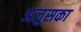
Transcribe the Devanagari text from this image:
अजुसका